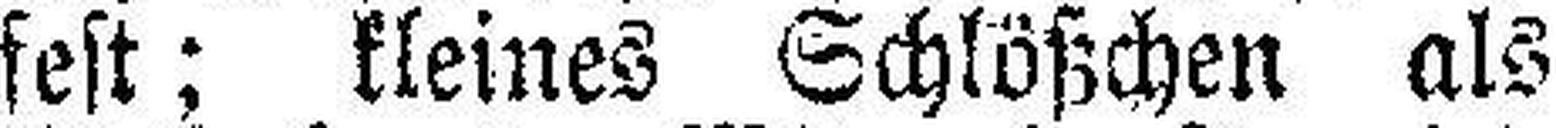
fest; kleines Schlößchen als